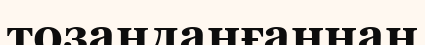
тозаңданғаннан